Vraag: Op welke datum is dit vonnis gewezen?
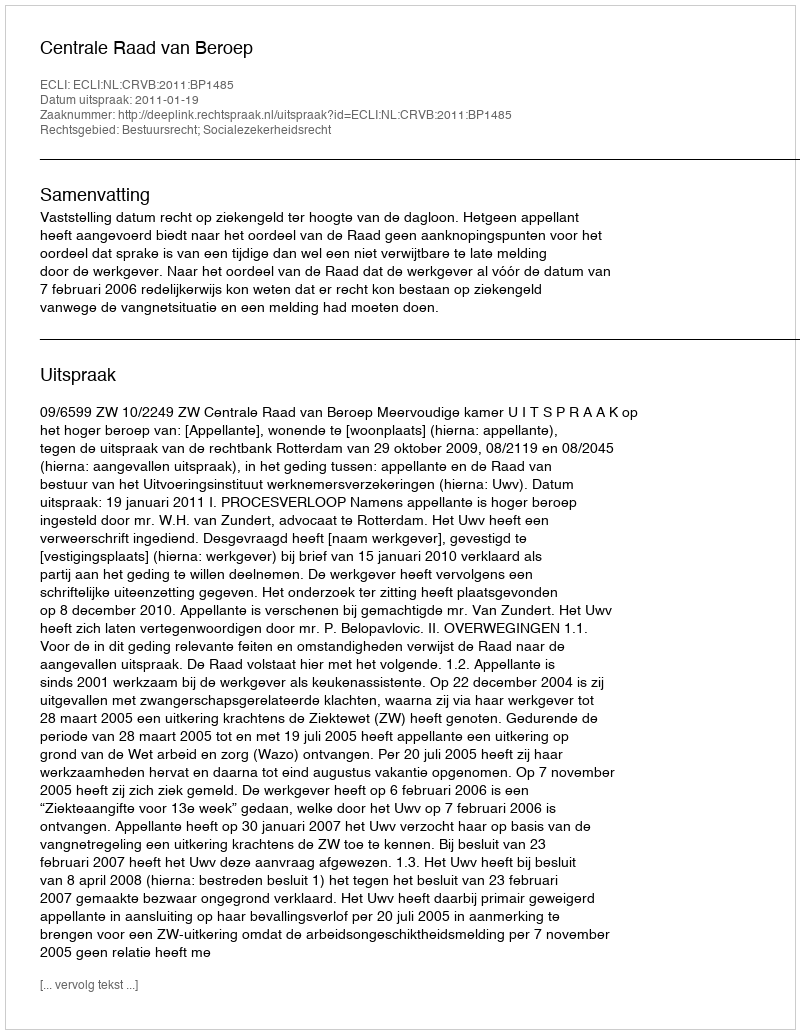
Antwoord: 2011-01-19